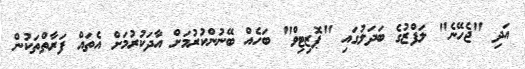
އަދި "ޖެހޭނެ" ލަފްޒުގެ ބަދަލުގައި "ޕޮޒިޓިވް" ބަހެއް ބޭނުންކުރުމަށް އާދަކުރުމަށް އެތައް ފަރާތްތަކުން